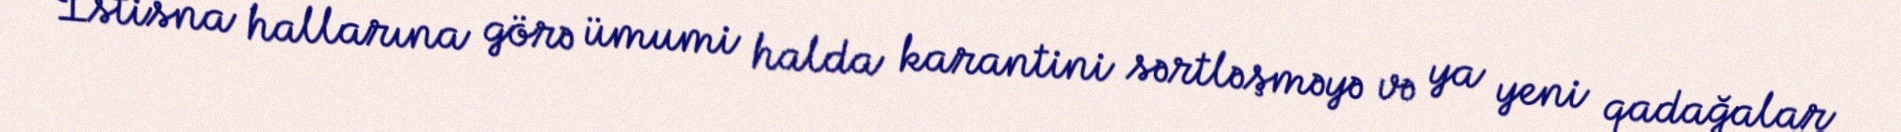
İstisna hallarına görə ümumi halda karantini sərtləşməyə və ya yeni qadağalar